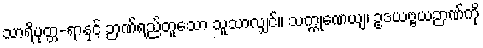
သာရိပုတ္တ-ရာနှင့် ဉာဏ်ရည်တူသော သူသာလျှင်။ သက္ကုဏေယျ၊ ဥဒယဗ္ဗယဉာဏ်ကို